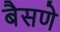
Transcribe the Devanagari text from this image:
बैसणे